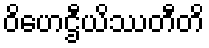
ဝိဟေဌီယိဿတီတိ